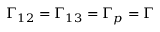
\Gamma _ { 1 2 } = \Gamma _ { 1 3 } = \Gamma _ { p } = \Gamma